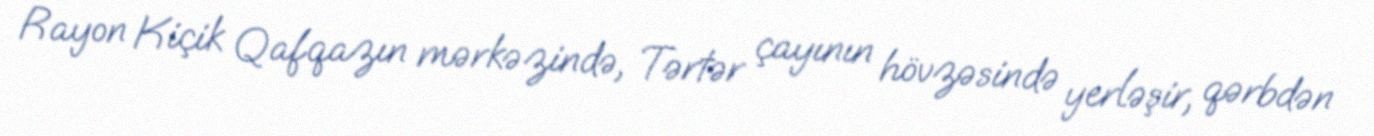
Rayon Kiçik Qafqazın mərkəzində, Tərtər çayının hövzəsində yerləşir, qərbdən